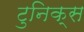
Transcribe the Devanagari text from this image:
टुनिक्स